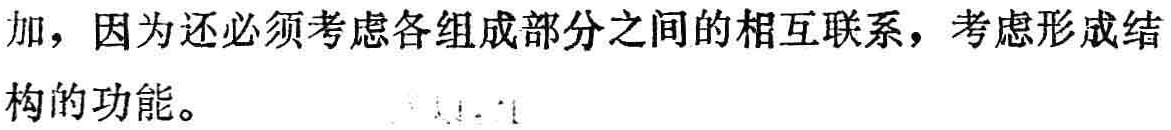
加，因为还必须考虑各组成部分之间的相互联系，考虑形成结构的功能。